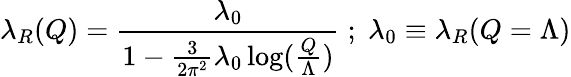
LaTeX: \lambda_{R}(Q)=\frac{\lambda_{0}}{1-\frac{3}{2\pi^{2}}\lambda_{0}\log(\frac{Q}{\Lambda})}\; ;\; \lambda_{0}\equiv\lambda_{R}(Q=\Lambda)